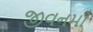
જીવનમાઁ